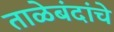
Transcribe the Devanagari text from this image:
ताळेबंदांचे